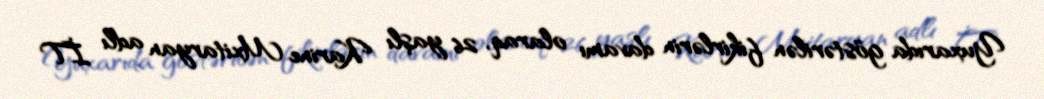
Yuxarıda göstərilən fikirlərin davamı olaraq, 26 yaşlı Karine Mxitaryan adlı İT